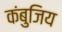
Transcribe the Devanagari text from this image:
कंबुजिय